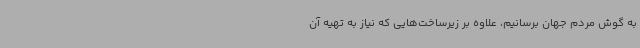
به گوش مردم جهان برسانیم، علاوه بر زیرساخت‌هایی که نیاز به تهیه آن